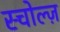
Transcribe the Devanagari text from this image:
स्चोल्ज़